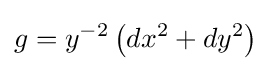
g=y^{-2}\left(dx^{2}+dy^{2}\right)